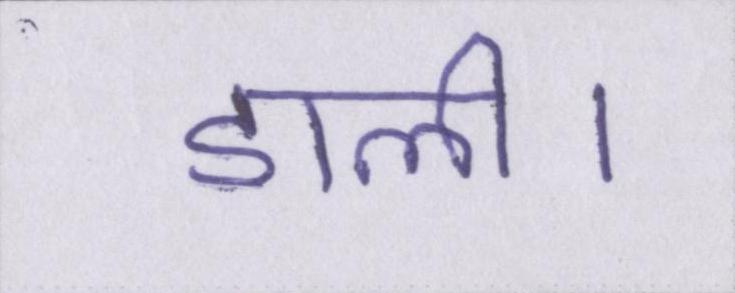
डाली।